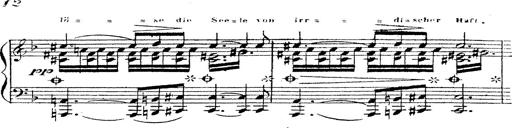
Title: 12 Lieder von Franz Schubert
Composer: Franz Liszt